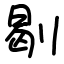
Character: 㓭